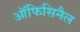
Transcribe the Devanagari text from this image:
ऑफिसिनैल